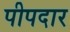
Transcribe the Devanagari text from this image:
पीपदार